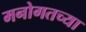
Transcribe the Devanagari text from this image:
मनोगतच्या